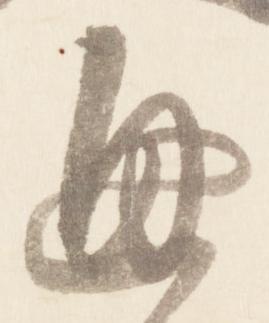
通